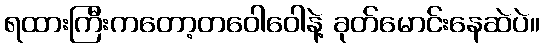
ရထားကြီးကတော့တဝေါဝေါနဲ့ ခုတ်မောင်းနေဆဲပဲ။